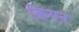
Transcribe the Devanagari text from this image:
क्रियन